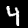
Label: 4